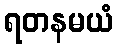
ရတနမယံ